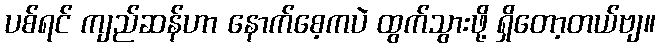
ပစ်ရင် ကျည်ဆန်ဟာ နောက်စေ့ကပဲ ထွက်သွားဖို့ ရှိတော့တယ်ဗျ။